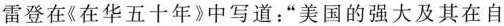
雷登在《在华五十年》中写道：“美国的强大及其在自